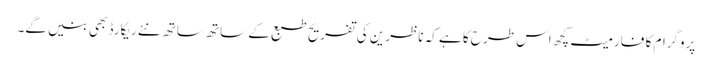
پروگرام کا فارمیٹ کچھ اس طرح کا ہے کہ ناظرین کی تفریح طبع کے ساتھ ساتھ نئے ریکارڈ بھی بنیں گے۔